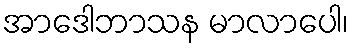
အာဒေါဘာသန မာလာပေါ၊